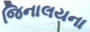
જિનાલયના